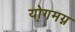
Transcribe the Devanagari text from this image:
योगमग्न